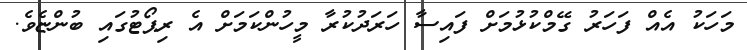
މަހަކު އެއް ފަހަރު ގޭމްކުޅުމަށް ފައިސާ ހަރަދުކުރާ މީހުންކަމަށް އެ ރިޕޯޓުގައި ބުންޏެވެ.